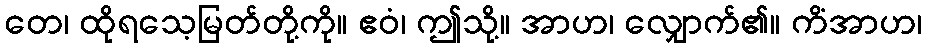
တေ၊ ထိုရသေ့မြတ်တို့ကို။ ဧဝံ၊ ဤသို့။ အာဟ၊ လျှောက်၏။ ကိံအာဟ၊